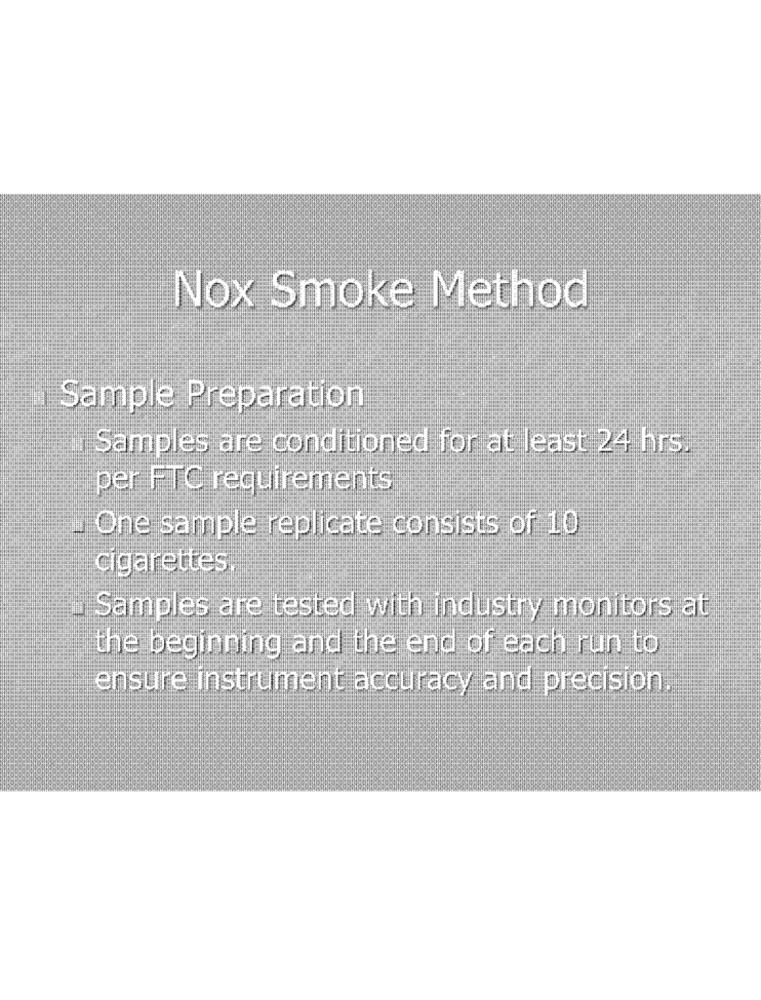
Nox Smoke Method
Sample Preparation
Samples are conditioned for at least 24 hrs.
per FTC requirements
One sample replicate consists of 10
cigarettes
Samples are tested with industry monitors at
the beginning and the end of each run to
ensure instrument accuracy and precision.